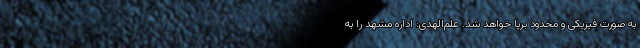
به صورت فیزیکی و محدود برپا خواهد شد. علم‌الهدی: اداره مشهد را به